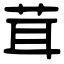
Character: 茸